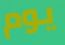
يوم